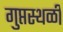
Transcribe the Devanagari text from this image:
गुप्तस्थळी